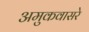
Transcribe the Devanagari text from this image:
अमुकवासरे